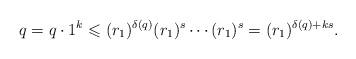
LaTeX: \begin{gather*}q = q \cdot 1^k \leqslant (r_1)^{\delta(q)} (r_1)^s \cdots (r_1)^s = (r_1)^{\delta(q) + k s}.\end{gather*}